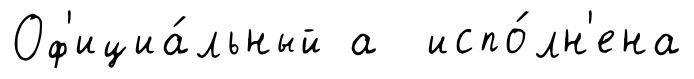
Оф'ициа́льный а испо́лн'ена